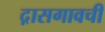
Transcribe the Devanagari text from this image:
द़ासगावची